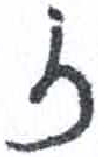
אות: ז